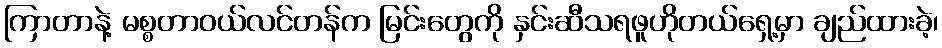
ကြာတာနဲ့ မစ္စတာဝယ်လင်တန်က မြင်းတွေကို နှင်းဆီသရဖူဟိုတယ်ရှေ့မှာ ချည်ထားခဲ့၊